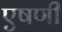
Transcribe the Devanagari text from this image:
एषणी